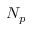
N _ { p }